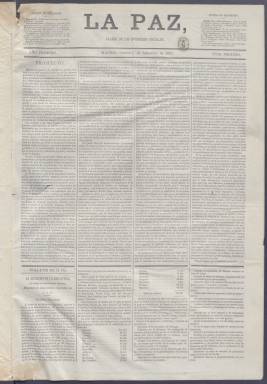
Título: La Paz (Madrid. 1870)
Colección: Periódicos
Ámbito geográfico: Madrid
Lugar de publicación: Madrid
Fechas: 01/09/1870-02/05/1871